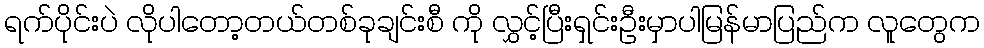
ရက်ပိုင်းပဲ လိုပါတော့တယ်တစ်ခုချင်းစီ ကို လွှင့်ပြီးရှင်းဦးမှာပါမြန်မာပြည်က လူတွေက